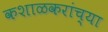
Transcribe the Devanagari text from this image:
कशाळकरांच्या